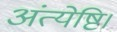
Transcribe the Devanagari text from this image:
अंत्येष्टि।